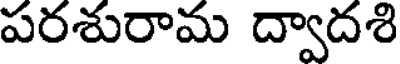
పరశురామ ద్వాదశి